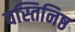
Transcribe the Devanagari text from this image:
वस्तिनिष्ठ